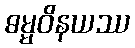
ဓမ္မဝိနယဿ